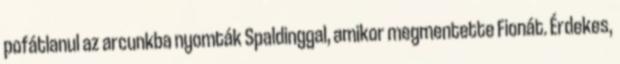
pofátlanul az arcunkba nyomták Spaldinggal, amikor megmentette Fionát. Érdekes,